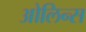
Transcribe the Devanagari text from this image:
ओलिन्स